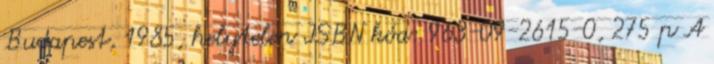
Budapest, 1985, helytelen ISBN kód: 963-09-2615-0, 275 p A